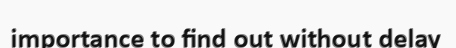
importance to find out without delay